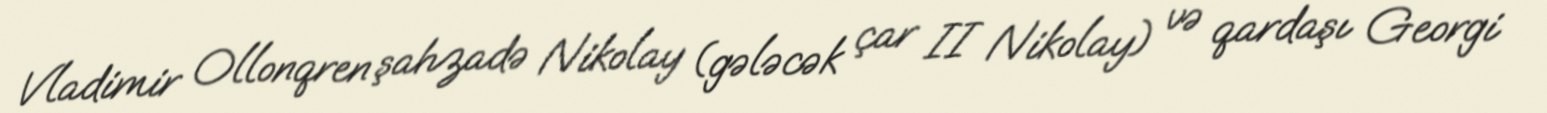
Vladimir Ollonqren şahzadə Nikolay (gələcək çar II Nikolay) və qardaşı Georgi